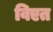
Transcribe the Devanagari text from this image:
विएत